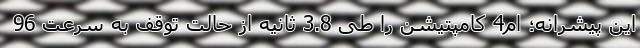
این پیشرانه؛ ام4 کامپتیشن را طی 3.8 ثانیه از حالت توقف به سرعت 96